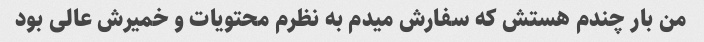
من بار چندم هستش که سفارش میدم به نظرم محتویات و خمیرش عالی بود